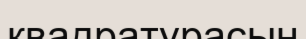
квадратурасын